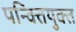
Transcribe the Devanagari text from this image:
पन्क्तियुक्त